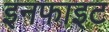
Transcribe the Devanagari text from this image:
इनफाइट